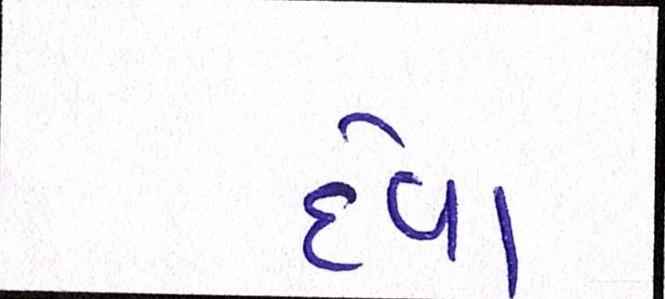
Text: દેવા